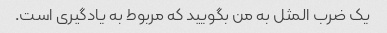
یک ضرب المثل به من بگویید که مربوط به یادگیری است.